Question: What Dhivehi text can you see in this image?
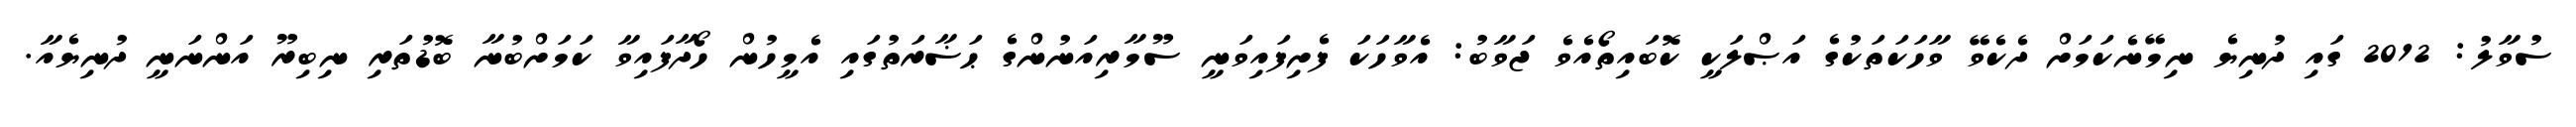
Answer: ސުވާލު: 2012 ގައި ދުނިޔެ ނިމޭނެކަމަށް ދެކެވޭ ވާހަކަތަކުގެ އަޞްލަކީ ކޮބައިތޯއެވެ ޖަވާބު: އެވާހަކަ ފެށިފައިވަނީ ސޫމާރިއަނުންގެ ޙަޟާރަތުގައި އެމީހުން ހޯދާފައިވާ ކަމަށްބުނާ ބޮޑުތަރި ނިބިރޫ އަންނަނީ ދުނިޔެއާ.